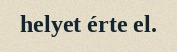
helyet érte el.